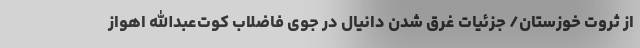
از ثروت خوزستان/ جزئیات غرق شدن دانیال در جوی فاضلاب کوت‌عبدالله اهواز